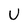
Character: U